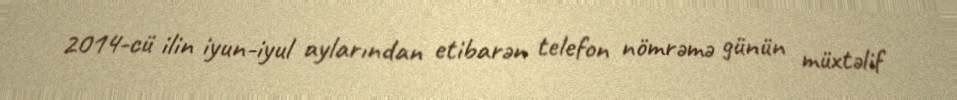
2014-cü ilin iyun-iyul aylarından etibarən telefon nömrəmə günün müxtəlif